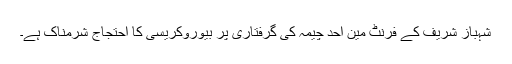
شہباز شریف کے فرنٹ مین احد چیمہ کی گرفتاری پر بیوروکریسی کا احتجاج شرمناک ہے۔